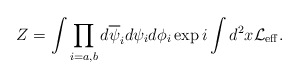
\begin{align*}Z = \int \prod_{i=a,b}d\overline{\psi}_i d\psi_i d\phi_i\exp i\int d^2x{\cal L_{\rm eff}}.\end{align*}